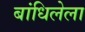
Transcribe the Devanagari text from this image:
बांधिलेला